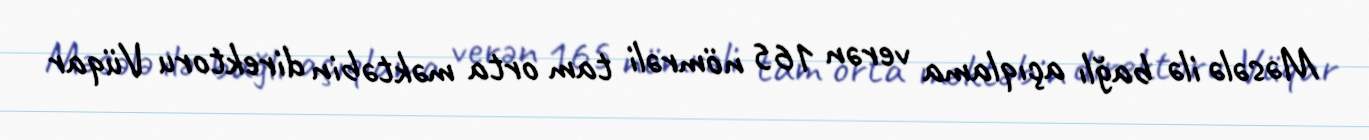
Məsələ ilə bağlı açıqlama verən 165 nömrəli tam orta məktəbin direktoru Vüqar